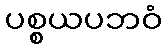
ပစ္စယပဘဝံ